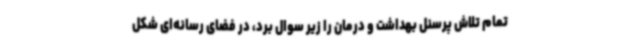
تمام تلاش پرسنل بهداشت و درمان را زیر سوال برد، در فضای رسانه‌ای شکل